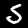
Digit: 5